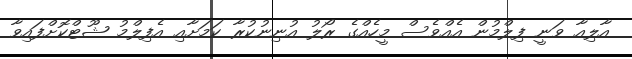
އާލިއާ ވަނީ ފިލްމުން އެއްވެސް މީހެއްގެ ރޯލު އުނިނުކުރާ ކަމަށާއި އެފިލްމު ޝޫޓްކޮށްފައިވާ